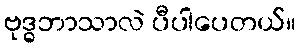
ဗုဒ္ဓဘာသာလဲ ပီပါပေတယ်။